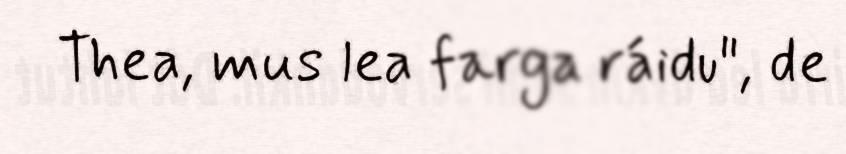
Thea, mus lea farga ráidu", de